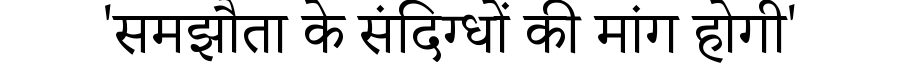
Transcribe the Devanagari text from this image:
'समझौता के संदिग्धों की मांग होगी'